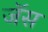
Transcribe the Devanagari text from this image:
जॅस